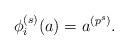
LaTeX: \begin{align*} \phi_i^{(s)}(a)=a^{(p^s)}.\end{align*}